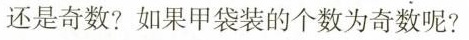
还是奇数?如果甲袋装的个数为奇数呢?